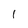
Character: l